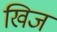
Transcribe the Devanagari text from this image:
खिज